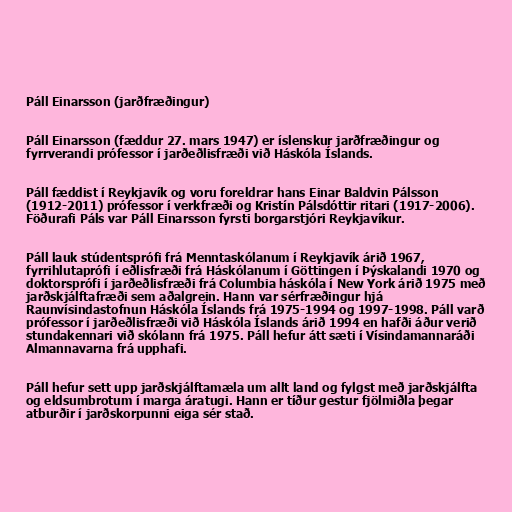
Páll Einarsson (jarðfræðingur)

Páll Einarsson (fæddur 27. mars 1947) er íslenskur jarðfræðingur og
fyrrverandi prófessor í jarðeðlisfræði við Háskóla Íslands.

Páll fæddist í Reykjavík og voru foreldrar hans Einar Baldvin Pálsson
(1912-2011) prófessor í verkfræði og Kristín Pálsdóttir ritari (1917-2006).
Föðurafi Páls var Páll Einarsson fyrsti borgarstjóri Reykjavíkur.

Páll lauk stúdentsprófi frá Menntaskólanum í Reykjavík árið 1967,
fyrrihlutaprófi í eðlisfræði frá Háskólanum í Göttingen í Þýskalandi 1970 og
doktorsprófi í jarðeðlisfræði frá Columbia háskóla í New York árið 1975 með
jarðskjálftafræði sem aðalgrein. Hann var sérfræðingur hjá
Raunvísindastofnun Háskóla Íslands frá 1975-1994 og 1997-1998. Páll varð
prófessor í jarðeðlisfræði við Háskóla Íslands árið 1994 en hafði áður verið
stundakennari við skólann frá 1975. Páll hefur átt sæti í Vísindamannaráði
Almannavarna frá upphafi.

Páll hefur sett upp jarðskjálftamæla um allt land og fylgst með jarðskjálfta
og eldsumbrotum í marga áratugi. Hann er tíður gestur fjölmiðla þegar
atburðir í jarðskorpunni eiga sér stað.